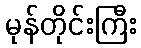
မုန်တိုင်းကြီး